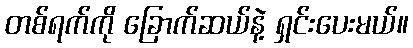
တစ်ရက်ကို ခြောက်ဆယ်နဲ့ ရှင်းပေးမယ်။